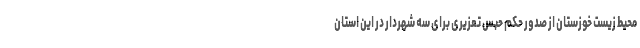
محیط زیست خوزستان از صدور حکم حبس تعزیری برای سه شهردار در این استان